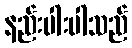
နည်းပါးပါသည်